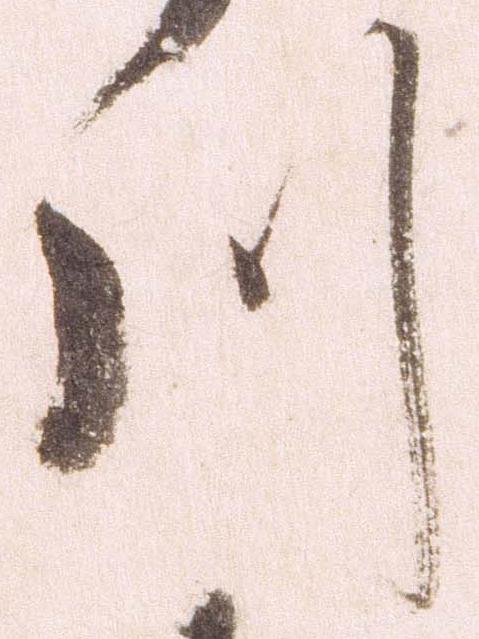
川